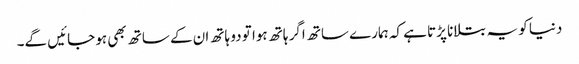
دنیا کو یہ بتلانا پڑتا ہے کہ ہمارے ساتھ اگر ہاتھ ہوا تو دو ہاتھ ان کے ساتھ بھی ہو جائیں گے۔